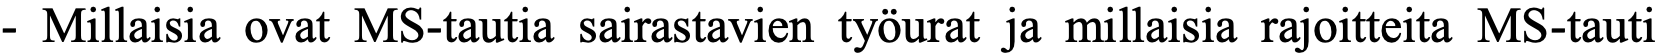
- Millaisia ovat MS-tautia sairastavien työurat ja millaisia rajoitteita MS-tauti